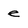
Character: e